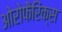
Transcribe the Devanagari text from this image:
ओरोफैरिंक्स